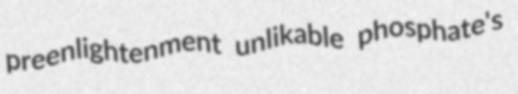
preenlightenment unlikable phosphate's